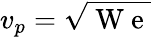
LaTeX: v_{p}=\sqrt{\mathrm{~W~e~}}